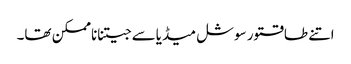
اتنے طاقتور سوشل میڈیاسے جیتناناممکن تھا۔